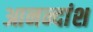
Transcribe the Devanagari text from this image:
आनन्दांश